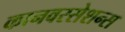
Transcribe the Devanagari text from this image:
कानवरसेशन्स